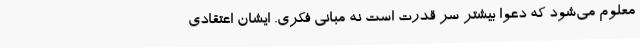
معلوم می‌شود که دعوا بیشتر سر قدرت است نه مبانی فکری. ایشان اعتقادی